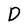
Character: D